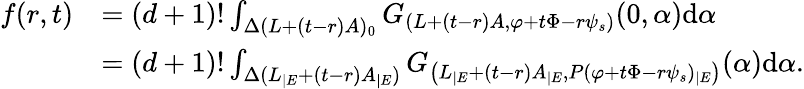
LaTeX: \begin{array}{rl}{f(r,t)}&{=(d+1)!\int_{\Delta(L+(t-r)A)_{0}}G_{(L+(t-r)A,\varphi+t\Phi-r\psi_{s})}(0,\alpha)\mathrm{d}\alpha}\\ &{=(d+1)!\int_{\Delta(L_{|E}+(t-r)A_{|E})}G_{\left(L_{|E}+(t-r)A_{|E},P(\varphi+t\Phi-r\psi_{s})_{|E}\right)}(\alpha)\mathrm{d}\alpha.}\end{array}